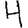
Digit: 4